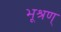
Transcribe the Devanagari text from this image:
भूश्रण्